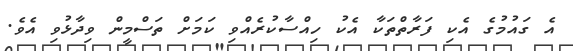
އެ ގައުމުގެ އެކި ފަރާތްތަކާ އެކު ހިއްސާކުރެއްވި ކަމަށް ތަސްމީން ވިދާޅުވި އެވެ.